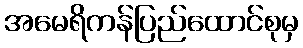
အမေရိကန်ပြည်ထောင်စုမှ